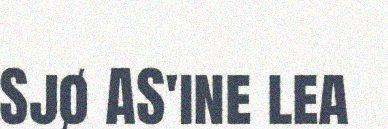
Sjø AS'ine lea